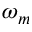
\omega _ { m }